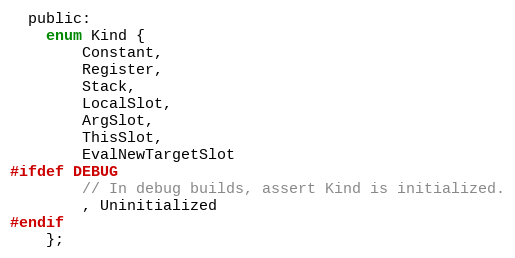
Language: C
  public:
    enum Kind {
        Constant,
        Register,
        Stack,
        LocalSlot,
        ArgSlot,
        ThisSlot,
        EvalNewTargetSlot
#ifdef DEBUG
        // In debug builds, assert Kind is initialized.
        , Uninitialized
#endif
    };